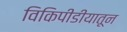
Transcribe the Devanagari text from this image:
विकिपीडीयातून